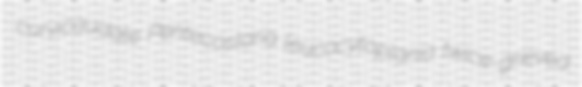
curvicaudate Pentecostaria leucocytoplania twice-grieved